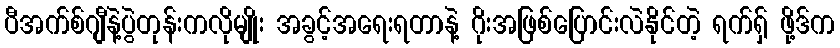
ပီအက်စ်ဂျီနဲ့ပွဲတုန်းကလိုမျိုး အခွင့်အရေးရတာနဲ့ ဂိုးအဖြစ်ပြောင်းလဲနိုင်တဲ့ ရက်ရှ် ဖို့ဒ်က